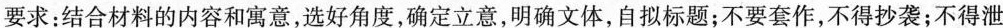
要求：结合材料的内容和寓意，选好角度，确定立意，明确文体，自拟标题；不要套作，不得抄袭；不得泄